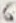
Text: 6